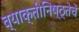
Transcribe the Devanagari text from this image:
व्याक्तीनिष्ठ्तेचे